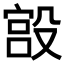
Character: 𣪯